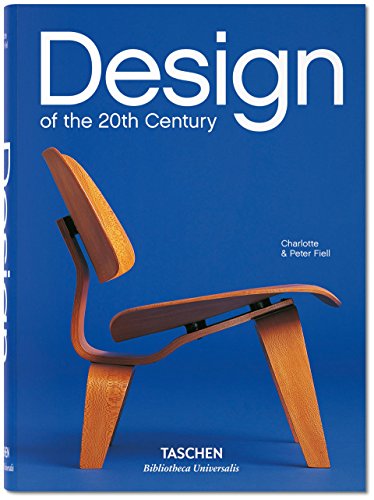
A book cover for Design of the 20th Century; Charlotte & Peter Fiell; Arts & Photography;